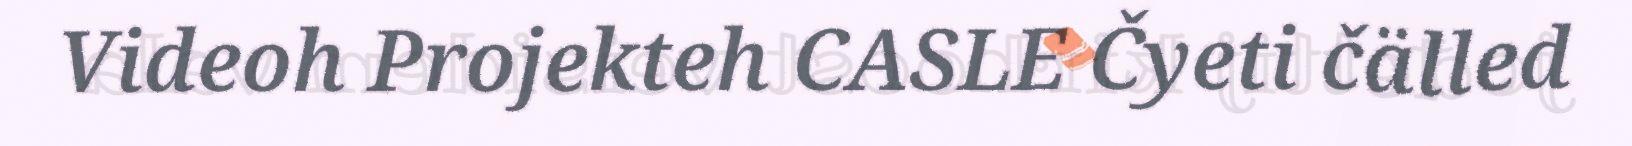
Videoh Projekteh CASLE Čyeti čälled